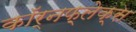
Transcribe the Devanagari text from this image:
कॉर्नफ़्लेक्स